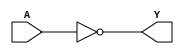
module not_gate(
    input A,
    output Y
);

assign Y = ~A; // Output Y is the inverse of input A

endmodule